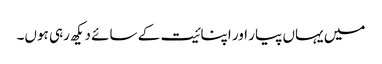
میں یہاں پیار اور اپنائیت کے سائے دیکھ رہی ہوں۔